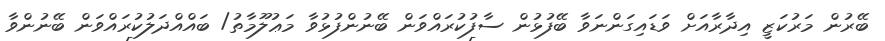
ބޭރުން މަރުކަޒީ އިދާރާއަށް ވަޑައިގަންނަވާ ބޭފުޅުން ސާފުކުރައްވަން ބޭނުންފުޅުވާ މަޢުލޫމާތު/ ބައްއްދަލުކުރައްވަން ބޭނުންވާ